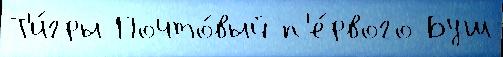
Т'и́гры Почто́вый п'е́рвого Буш